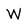
Character: W